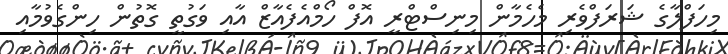
މިހަފްލާގެ ޝަރަފްވެރި މެހެމާން މިނިސްޓްރީ އޮފް ހޯމްއެފެއާޒް އާއި ވަގުތީ ގޮތުން ހިންގެވުމާއި